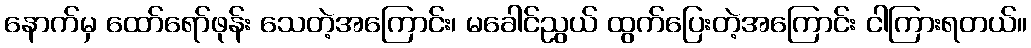
နောက်မှ ထော်ရော်ဖုန်း သေတဲ့အကြောင်း၊ မခေါင်ညွယ် ထွက်ပြေးတဲ့အကြောင်း ငါကြားရတယ်။